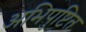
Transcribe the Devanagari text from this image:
अभिपुष्टित